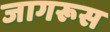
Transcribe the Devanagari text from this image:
जागरूस